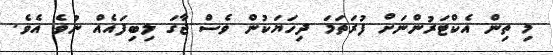
މި ތިން އެކްޓަރުންނަށް ފުރަތަމަ ދިހަޔަކުން ވެސް ޖާގަ ލިބިފައެއް ނުވެ އެވެ.